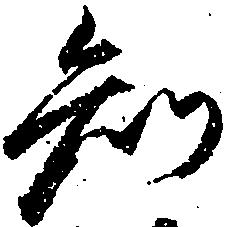
知